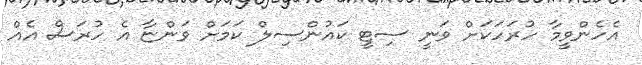
އެހެންވީމާ ހުރަހަކަށް ވަނީ ސިޓީ ކައުންސިލް ކަމަށް ވަންޏާ އެ ހުރަސް އެެއް